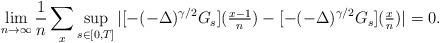
LaTeX: \begin{align*} \lim_{n \rightarrow \infty} \frac{1}{n} \sum_{x} \sup_{s \in [0,T]}| [ -(-\Delta)^{\gamma/2}G_s](\tfrac{x-1}{n}) - [ -(-\Delta)^{\gamma/2}G_s](\tfrac{x}{n}) |=0.\end{align*}